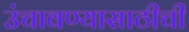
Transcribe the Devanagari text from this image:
उंचावण्यासाठीची